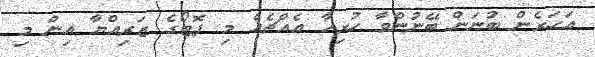
އަހަރެން ބުނަން ބޭނުންވާ ހުރިހާ އެއްޗެއް މި ފޮޓޯގެ ޒަރިއްޔާ އިން މި